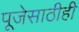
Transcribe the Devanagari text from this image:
पूजेसाठीही